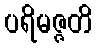
ပရိမဇ္ဇတိ